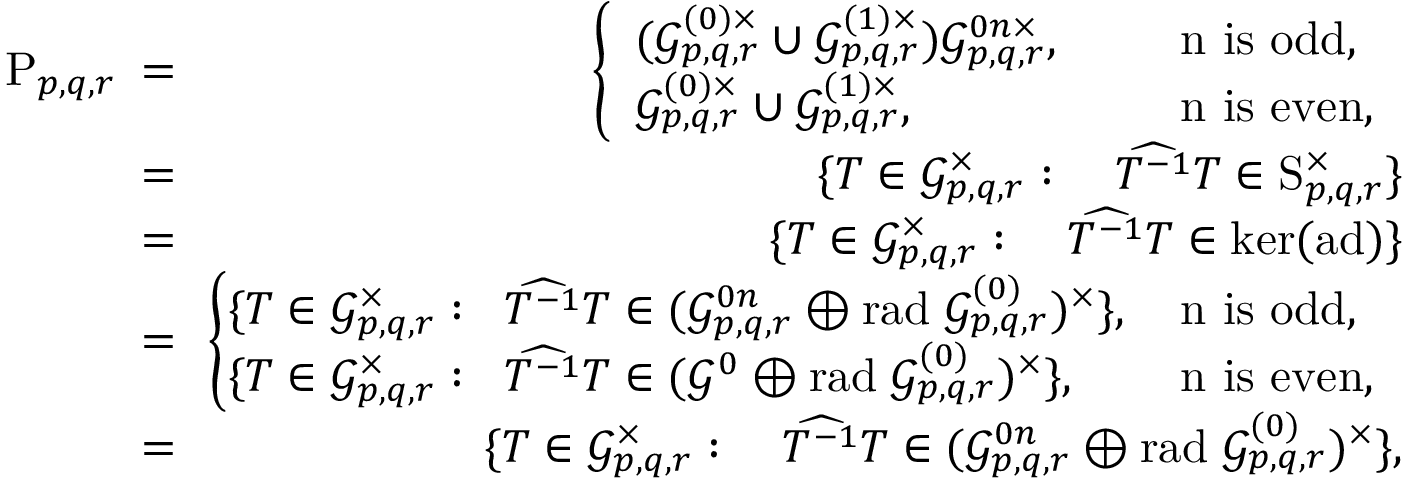
\begin{array} { r l r } { \! \! \! \! \! \! \! \! \! \! \mathrm { P } _ { p , q , r } \! \! \! } & { = } & { \! \! \left\lbrace \begin{array} { l l l } { ( \mathcal { G } _ { p , q , r } ^ { ( 0 ) \times } \cup \mathcal { G } _ { p , q , r } ^ { ( 1 ) \times } ) \mathcal { G } _ { p , q , r } ^ { 0 n \times } , } & { \; } & { \mathrm { ~ n ~ i s ~ o d d } , } \\ { \mathcal { G } _ { p , q , r } ^ { ( 0 ) \times } \cup \mathcal { G } _ { p , q , r } ^ { ( 1 ) \times } , } & { \; } & { \mathrm { ~ n ~ i s ~ e v e n } , } \end{array} \right. } \\ { \! \! } & { = } & { \! \! \{ T \in \mathcal { G } _ { p , q , r } ^ { \times } : \quad \widehat { T ^ { - 1 } } T \in \mathrm { S } _ { p , q , r } ^ { \times } \} } \\ { \! \! } & { = } & { \! \! \{ T \in \mathcal { G } _ { p , q , r } ^ { \times } : \quad \widehat { T ^ { - 1 } } T \in \mathrm { k e r } ( \mathrm { a d } ) \} } \\ { \! \! } & { = } & { \! \! \left\lbrace \begin{array} { l l l } { \! \! \! \{ T \in \mathcal { G } _ { p , q , r } ^ { \times } : \; \; \widehat { T ^ { - 1 } } T \in ( \mathcal { G } _ { p , q , r } ^ { 0 n } \oplus \mathrm { r a d } \; \mathcal { G } _ { p , q , r } ^ { ( 0 ) } ) ^ { \times } \} , \! \! \! \! \! \! \! } & & { \mathrm { ~ n ~ i s ~ o d d } , } \\ { \! \! \! \{ T \in \mathcal { G } _ { p , q , r } ^ { \times } : \; \; \widehat { T ^ { - 1 } } T \in ( \mathcal { G } ^ { 0 } \oplus \mathrm { r a d } \; \mathcal { G } _ { p , q , r } ^ { ( 0 ) } ) ^ { \times } \} , \! \! \! \! \! \! \! } & & { \mathrm { ~ n ~ i s ~ e v e n } , } \end{array} \right. } \\ { \! \! } & { = } & { \! \! \{ T \in \mathcal { G } _ { p , q , r } ^ { \times } : \quad \widehat { T ^ { - 1 } } T \in ( \mathcal { G } _ { p , q , r } ^ { 0 n } \oplus \mathrm { r a d } \; \mathcal { G } _ { p , q , r } ^ { ( 0 ) } ) ^ { \times } \} , } \end{array}